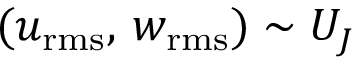
( u _ { \mathrm { r m s } } , \, w _ { \mathrm { r m s } } ) \sim U _ { J }